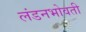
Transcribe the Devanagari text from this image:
लंडनभोवती